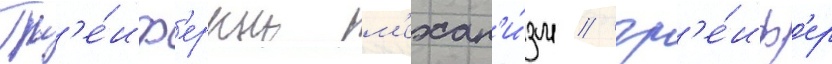
Гр'е́иф'ерныи м'ехан'и́зм / гр'е́иф'ер